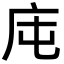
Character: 庉